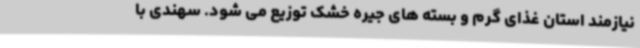
نیازمند استان غذای گرم و بسته های جیره خشک توزیع می شود. سهندی با